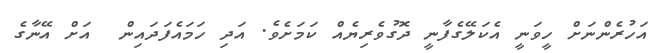
އަހުރެންނަށް ހީވަނީ އެކަލޭގެފާނީ ދޮގުވެރިޔެއް ކަމަށެވެ. އަދި ހަމައެފަދައިން  އަށް އޭނާގެ